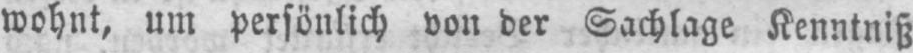
wohnt, um persönlich von der Sachlage Kenntniß